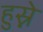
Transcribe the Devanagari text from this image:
हुस्ने